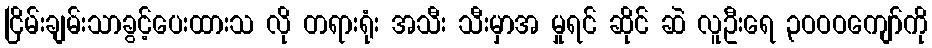
ငြိမ်းချမ်းသာခွင့်ပေးထားသ လို တရားရုံး အသီး သီးမှာအ မှုရင် ဆိုင် ဆဲ လူဦးရေ ၃ဝဝဝကျော်ကို